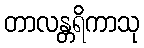
တာလန္တရိကာသု